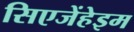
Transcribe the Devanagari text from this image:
सिएजेंहेइम